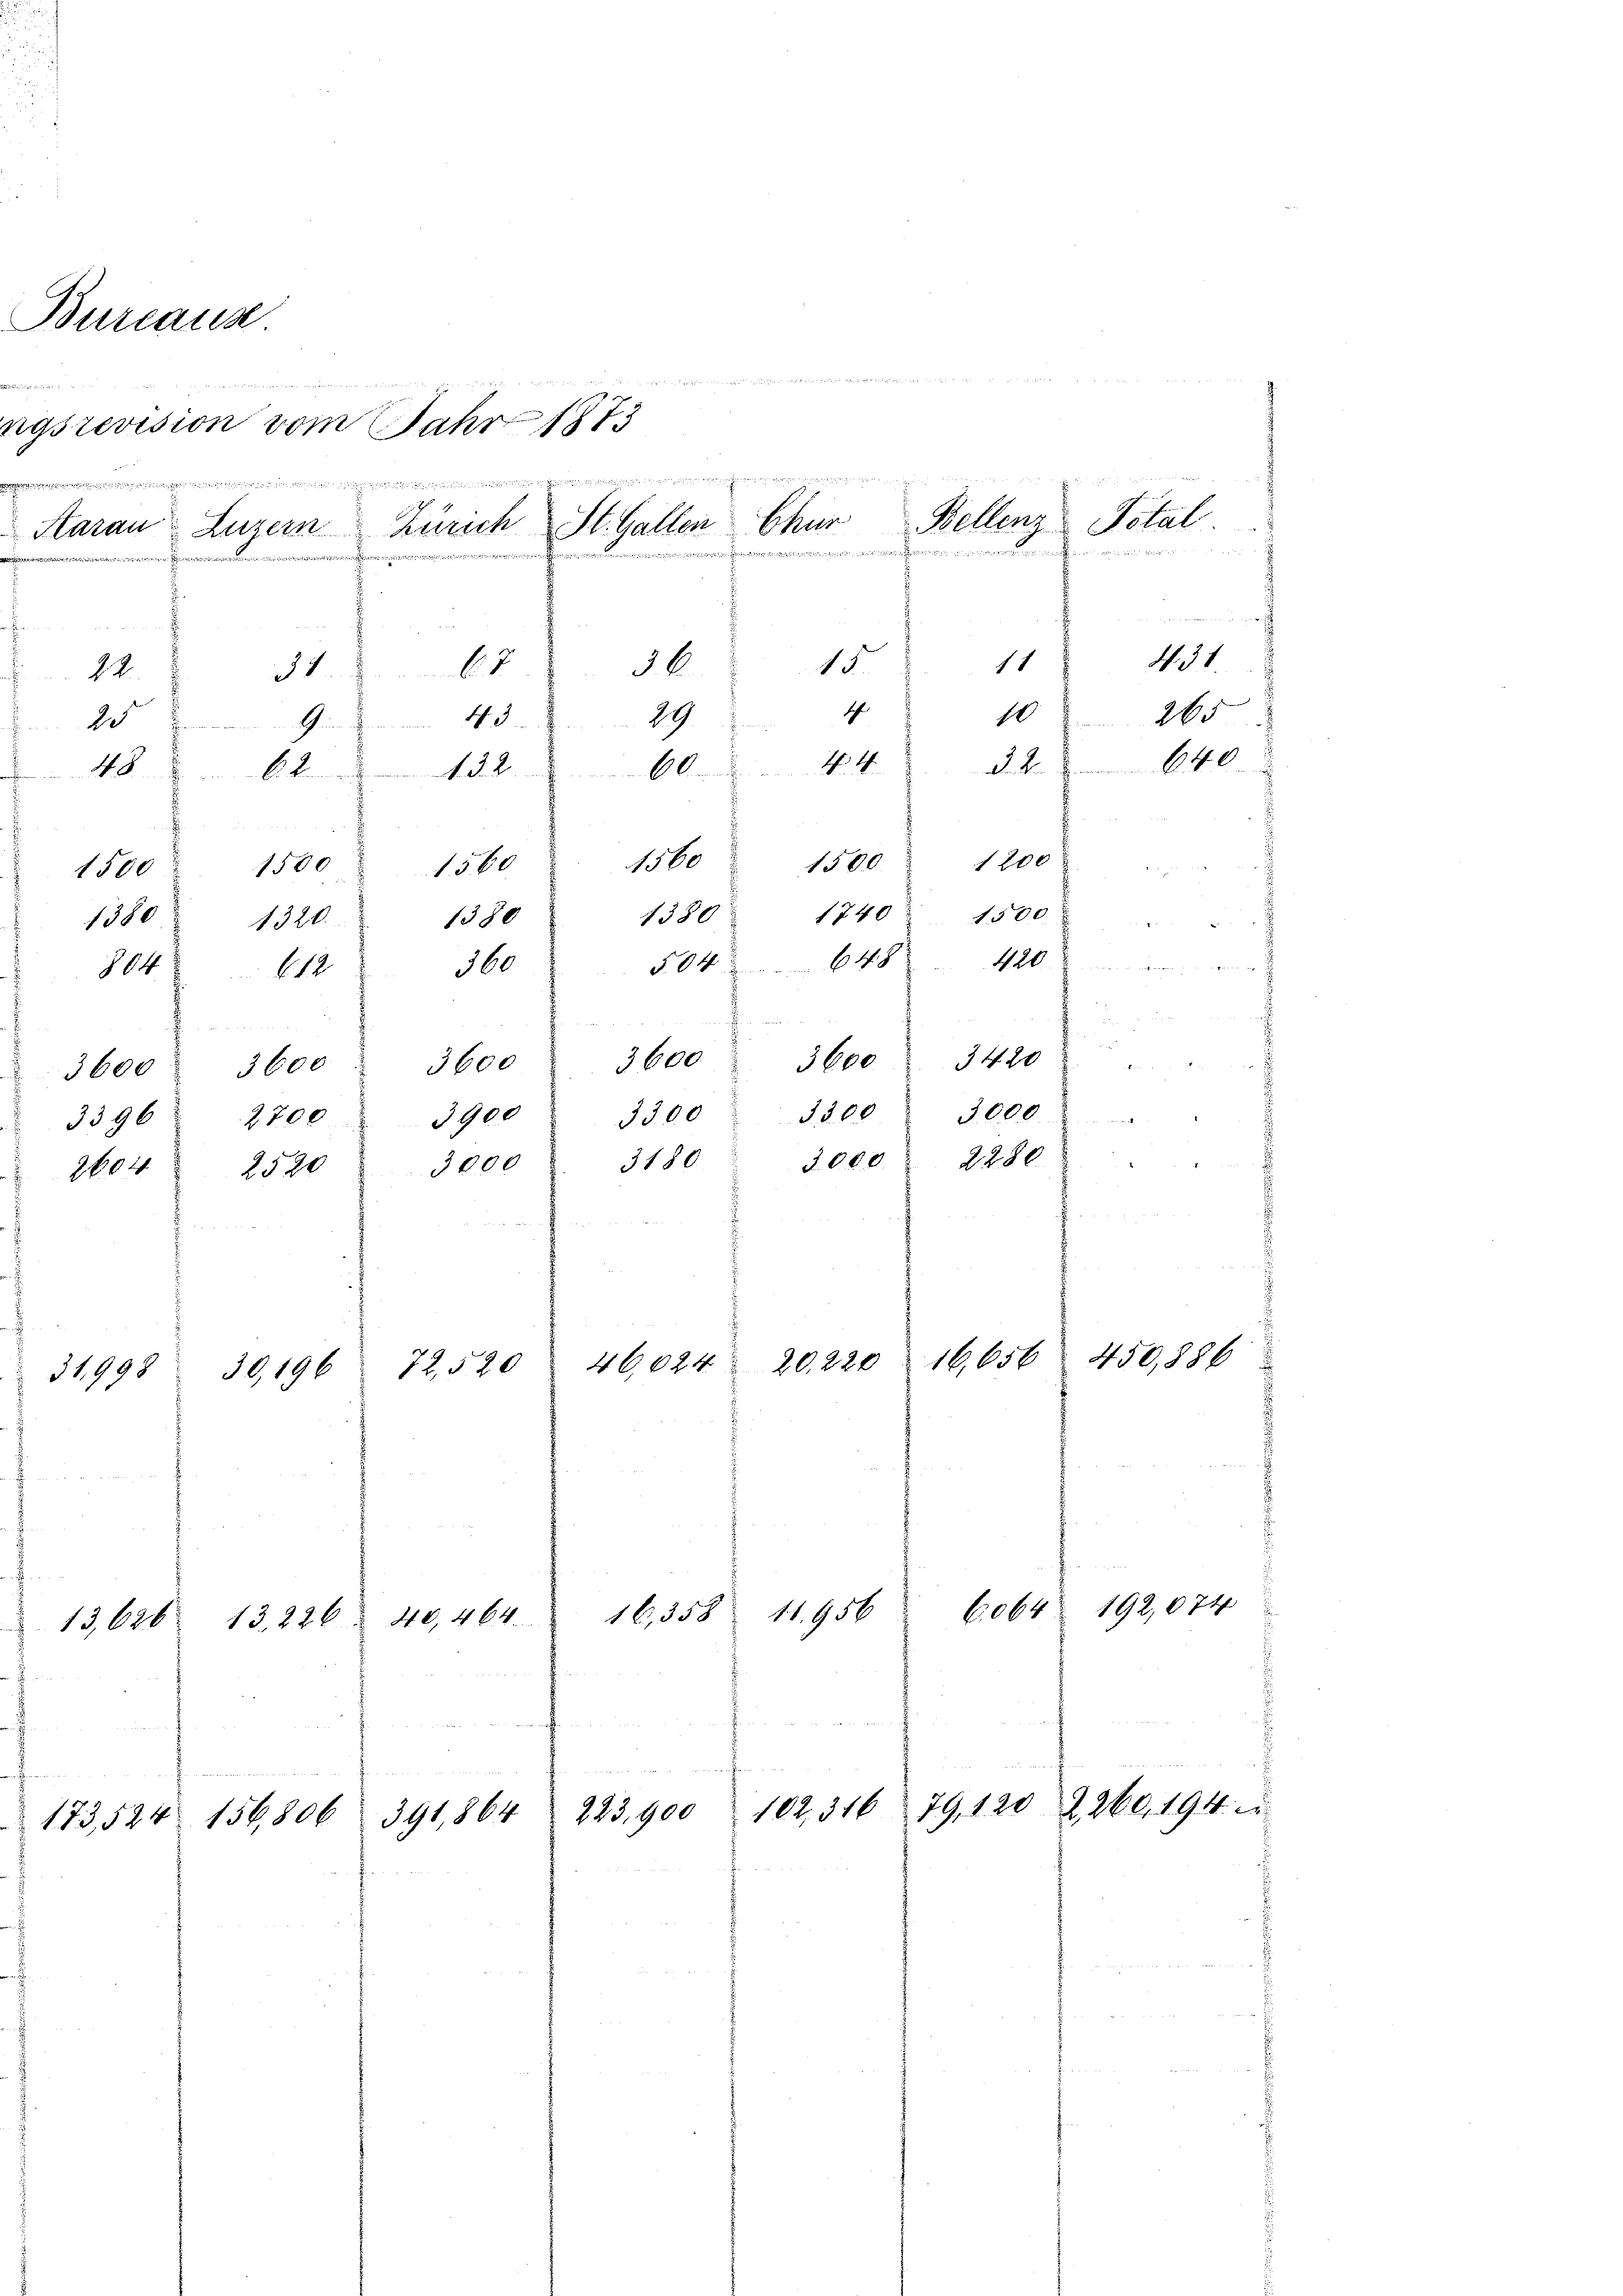
Bureaus.
12 w
vie concerner

e
 Ex
u
a
16,656. 450,886
46,024 20,220
72,520
30,196
31998
.
192,074
6064
11. 956
16,358
13, 226 40, 464.
13,626
.

immt innerlichen müden ruinie einen und wird eineringen einen abgemachungen, wie einen gegen
H 4
Aarau Luzern Zürich St. Gallen Chur
iraienten ein ei
68
2231
4. 3
2
G
48 62. 132.
1580
1560
1500 1500
1380
1580
1380
1320.
160
04
112
3600. 3600 " 3600 3600 3600 3420 "
3300
2700
3900
3396
3180
3000
26042520

173,524

ngsrevision vom Jahr 1873

.
11
15.
36
1
10
29
d. 4.
6044

Bellenz Total

1500 1200
1500
1740
504 648 420
3000.
3300
3,000 f 2280 " "

e

640

N. 31.
265

102, 316 79, 120 Z. 260, 194. u.
223,900
391,864
156,806